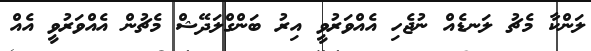
ލަންކާ މެޗު ލަނޑެއް ނުޖެހި އެއްވަރުވީ އިރު ބަންގްލަދޭޝް މެޗުން އެއްވަރުވީ އެއް